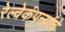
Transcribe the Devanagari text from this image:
रेल्वेकंपन्यांचे